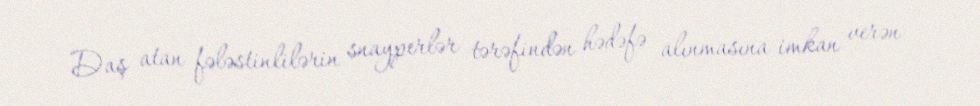
Daş atan fələstinlilərin snayperlər tərəfindən hədəfə alınmasına imkan verən